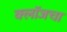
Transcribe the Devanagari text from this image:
क्लॉजचा